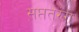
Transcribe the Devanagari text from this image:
सप्ततरंग